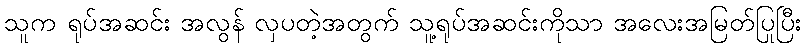
သူက ရုပ်အဆင်း အလွန် လှပတဲ့အတွက် သူ့ရုပ်အဆင်းကိုသာ အလေးအမြတ်ပြုပြီး